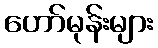
ဟော်မုန်းများ